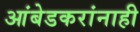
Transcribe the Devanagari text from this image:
आंबेडकरांनाही